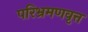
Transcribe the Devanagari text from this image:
परिभ्रमणवृत्त